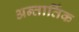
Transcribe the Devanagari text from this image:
अन्तार्तिक